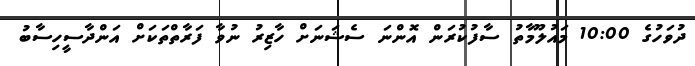
ދުވަހުގެ 10:00 މައުލޫމާތު ސާފުކުރަން އޮންނަ ސެޝަނަށް ހާޒިރު ނުވާ ފަރާތްތަކަށް އަންދާސީހިސާބު